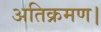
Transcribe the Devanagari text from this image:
अतिक्रमण।